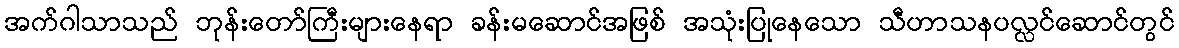
အက်ဂါသာသည် ဘုန်းတော်ကြီးများနေရာ ခန်းမဆောင်အဖြစ် အသုံးပြုနေသော သီဟာသနပလ္လင်ဆောင်တွင်